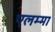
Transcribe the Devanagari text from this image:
एलम्‍मा